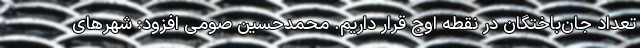
تعداد جان‌باختگان در نقطه اوج قرار داریم. محمدحسین صومی افزود: شهرهای